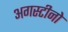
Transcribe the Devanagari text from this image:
अगस्टीनो